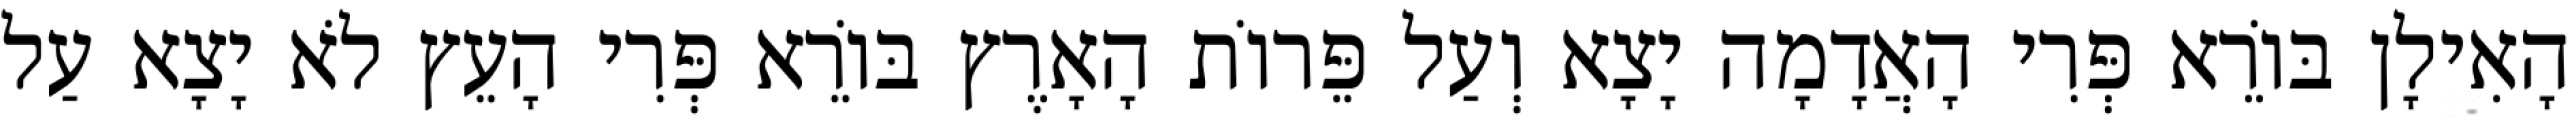
הָאִילָן בּוֹרֵא פְּרִי הָאֲדָמָה יָצָא וְעַל פֵּרוֹת הָאָרֶץ בּוֹרֵא פְּרִי הָעֵץ לֹא יָצָא עַל